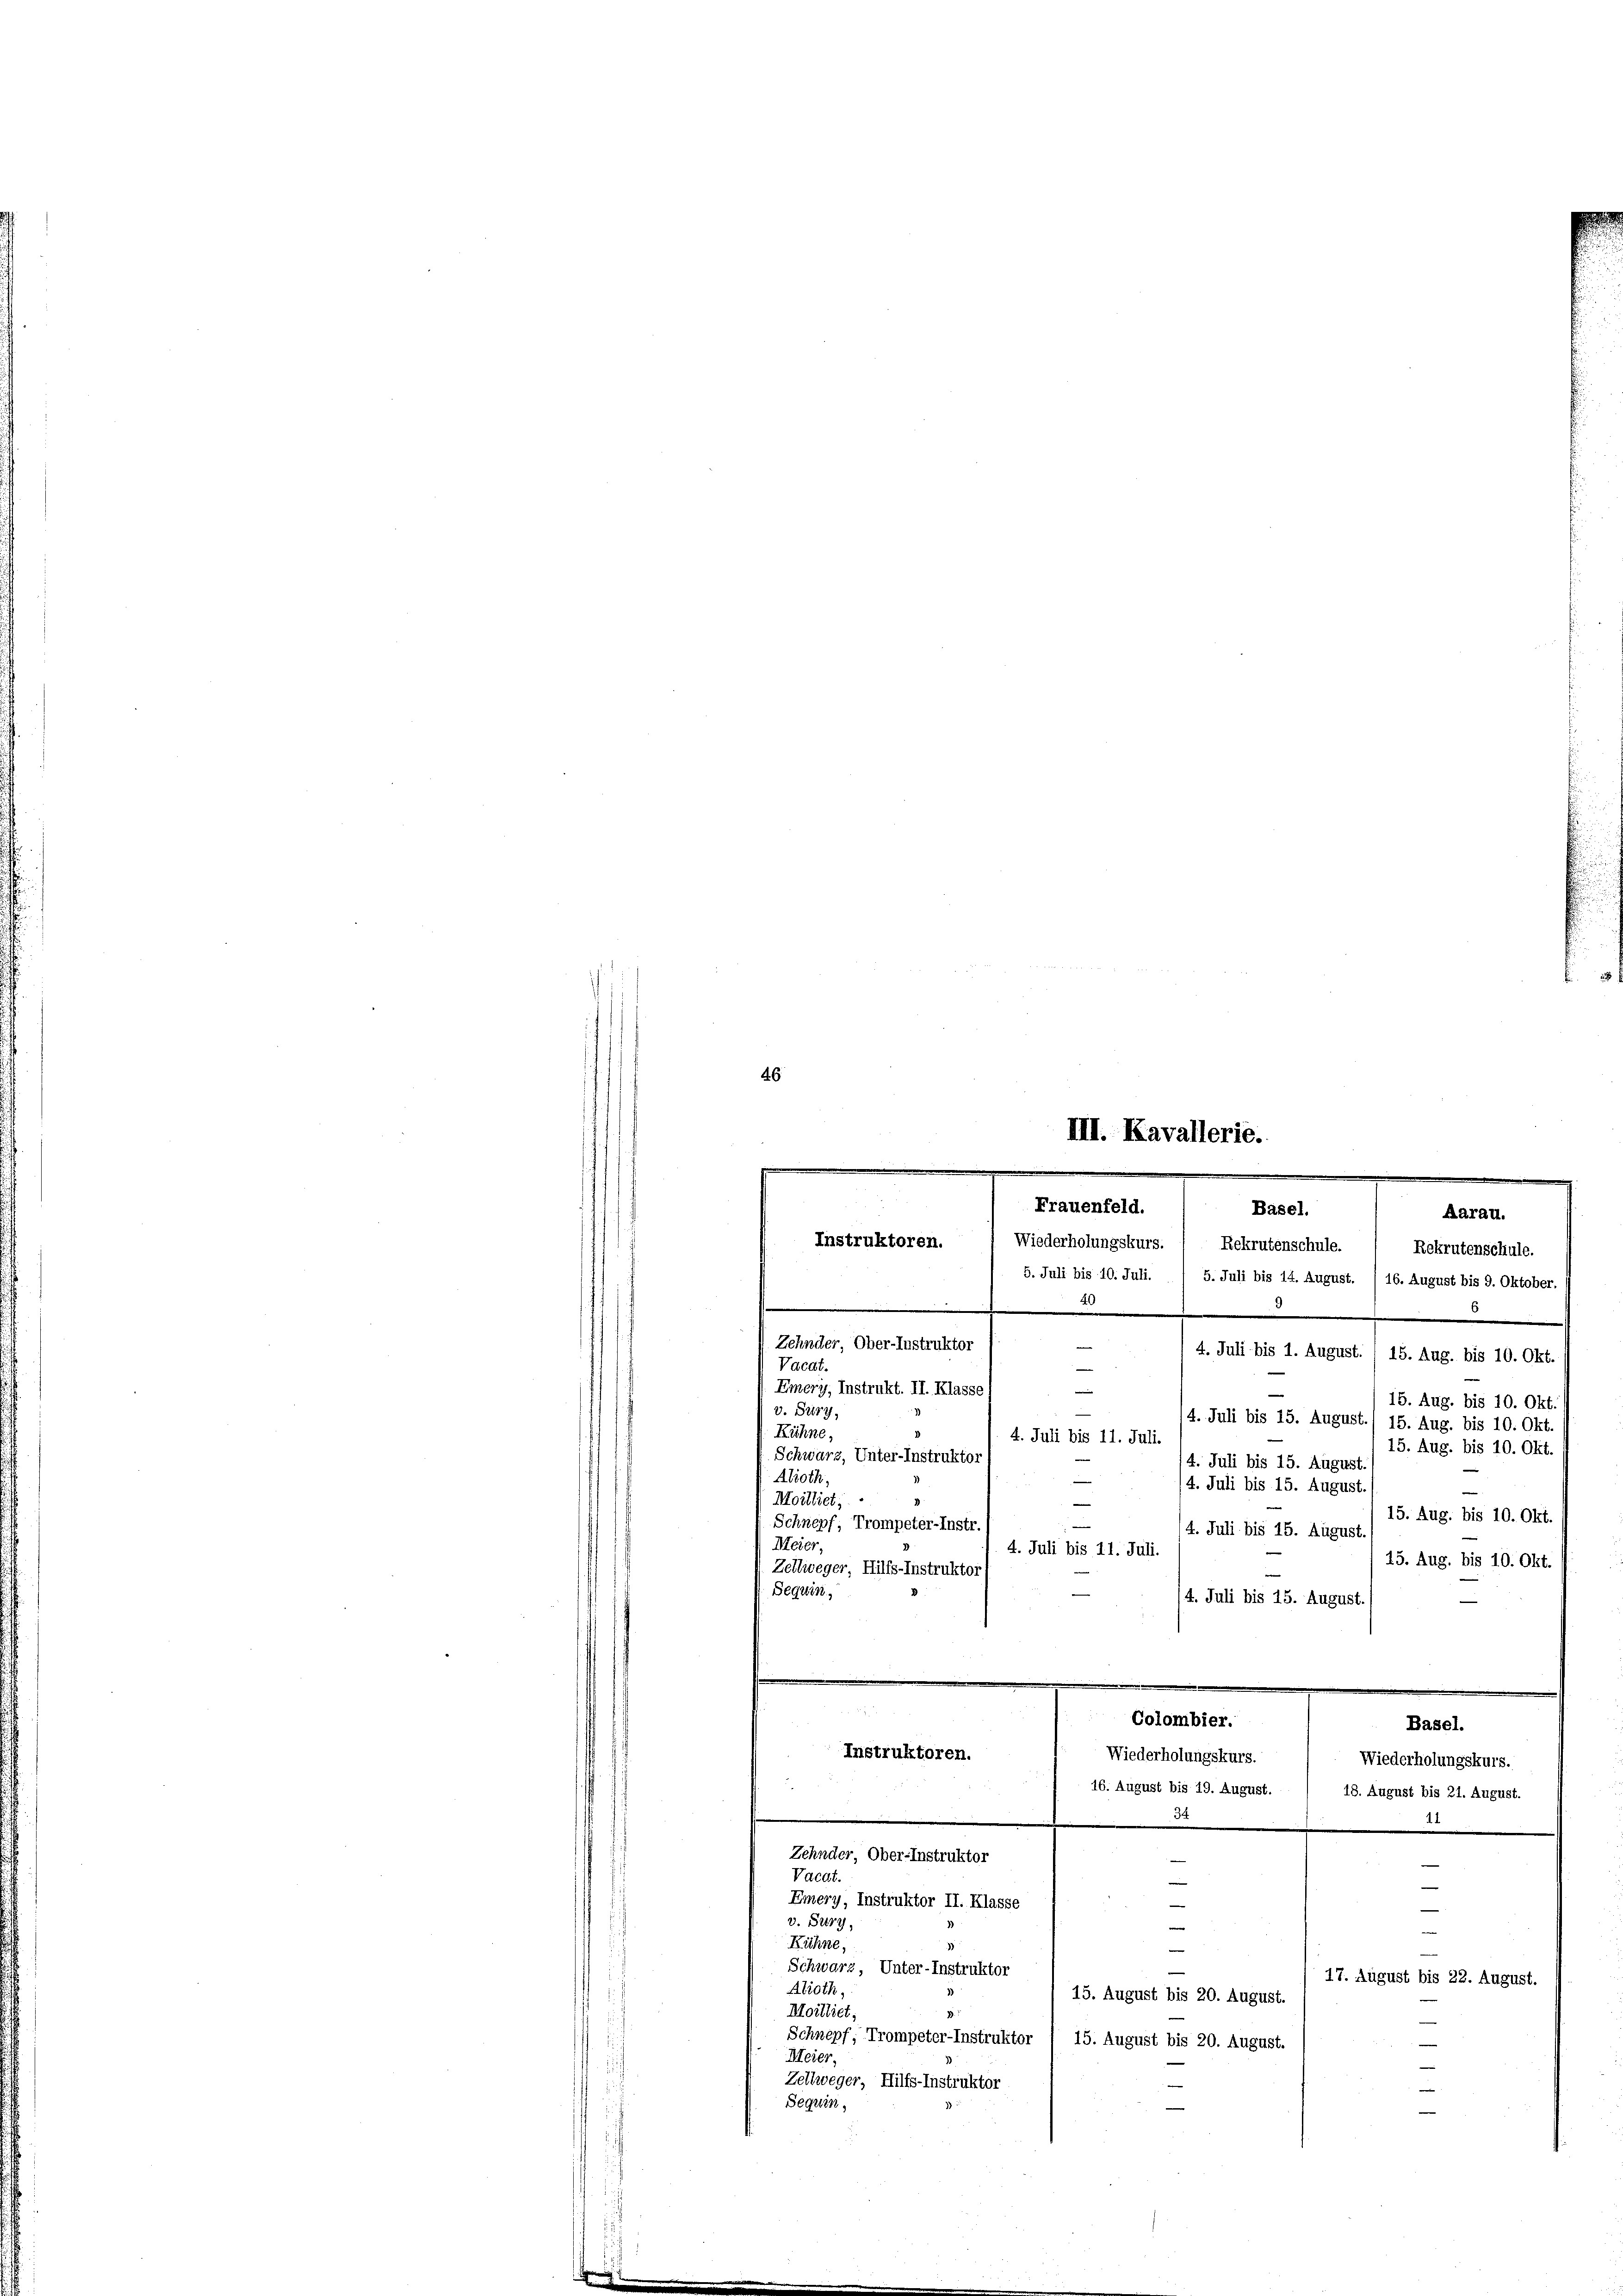
Emery, Instrukt. II. Klasse
—
15. Aug. bis 10. Okt
v. Sury
4. Juli bis 15. August.) 15. Aug. bis 10. Okt.
Kühne,
4. Juli bis 11. Juli.
15. Aug. bis 10. Okt.
Schwarz, Unter-Instruktor
4. Juli bis 15. August
Alioth,
—
/4. Juli bis 15. August.
Moilliet,
15. Aug. bis 10. Okt.
Schnepf, Trompeter-Instr
4. Juli bis 15. August.
Meier.
4. Juli bis 11. Juli.
15. Aug. bis 10. Okt.
Zellweger Hilfs-Instrukto:
Seguin,
4. Juli bis 15. August.

e

Colombier.
Basel.
Instruktoren.
Wiederholungskurs.
Wiederholungskurs.
16. August bis 19. August.
18. August bis 21. August.
34
aI
.
Zehnder, Ober-Instruktor
e
Vacdt.
e
Emery, Instruktor II. Klasse
—
v. Sury,
.
Kühne,
e
Schwarz, Unter-Instruktor
17. August bis 22. August.
Alroth,
15. August bis 20. August.
Moilliet,
Schnepf, Trompeter-Instruktor 1 15. August bis 20. August.

Meier,
—
Zeltweger, Hilfs-Instruktor
Seguin,

46
III. Kavallerie.
e
.
.
Frauenfeld.
Basel.
Aarau.
Instruktoren.
Wiederholungskurs. / Rekrutenschule.  Rekrutenschule.
5. Juli bis 10. Juli. / 5. Juli bis 14. August. / 16. August bis 9. Oktober.
e
 Zehnder, Ober-Instruktor
4. Juli bis 1. August. / 15. Aug. bis 10. Okt.
Vacat.
—